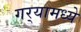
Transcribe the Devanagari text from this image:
गर्‍यामध्ये